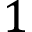
1